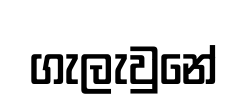
ගැලැවුනේ